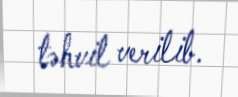
təhvil verilib.